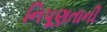
નિપૂણતાની